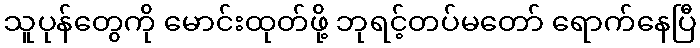
သူပုန်တွေကို မောင်းထုတ်ဖို့ ဘုရင့်တပ်မတော် ရောက်နေပြီ